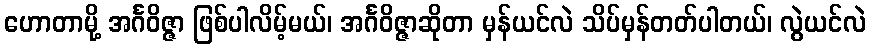
ဟောတာမို့ အင်္ဂဝိဇ္ဇာ ဖြစ်ပါလိမ့်မယ်၊ အင်္ဂဝိဇ္ဇာဆိုတာ မှန်ယင်လဲ သိပ်မှန်တတ်ပါတယ်၊ လွဲယင်လဲ